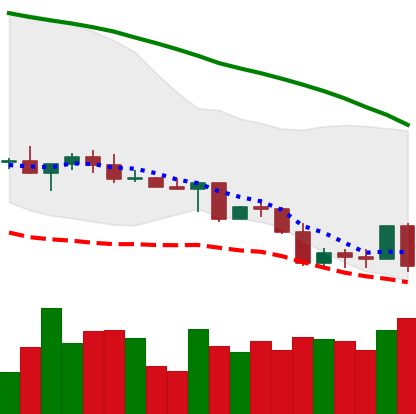
Ticker: LINK-USD
Chart end date: 2022-05-05
Forward return: -21.369%
Label: down_7plus